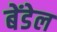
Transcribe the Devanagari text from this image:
बेंडेल